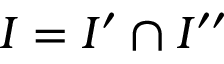
I = I ^ { \prime } \cap I ^ { \prime \prime }